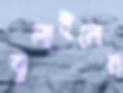
ঝুলাইলেন